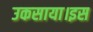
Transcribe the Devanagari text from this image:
उकसाया।इस